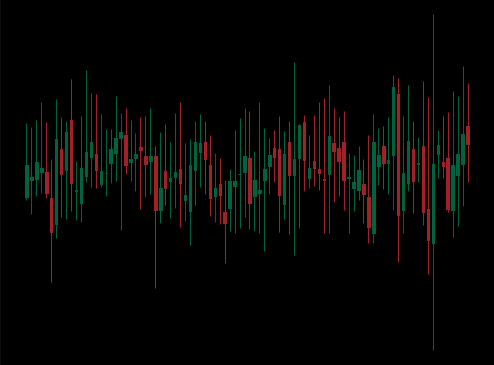
Pattern: unclassified